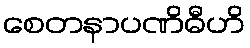
စေတနာပဏိဓီဟိ